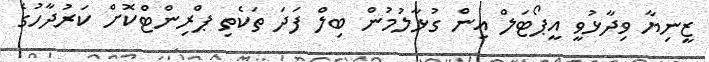
ޒީނިޔާ ވިދާޅުވީ އީޕޯޓަލް އިން ގުޅާލުމުން ބިލް ފަދަ ތަކެތި ޕްރިންޓްކޮށް ކަރުދާހުގެ